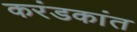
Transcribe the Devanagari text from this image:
करंडकांत